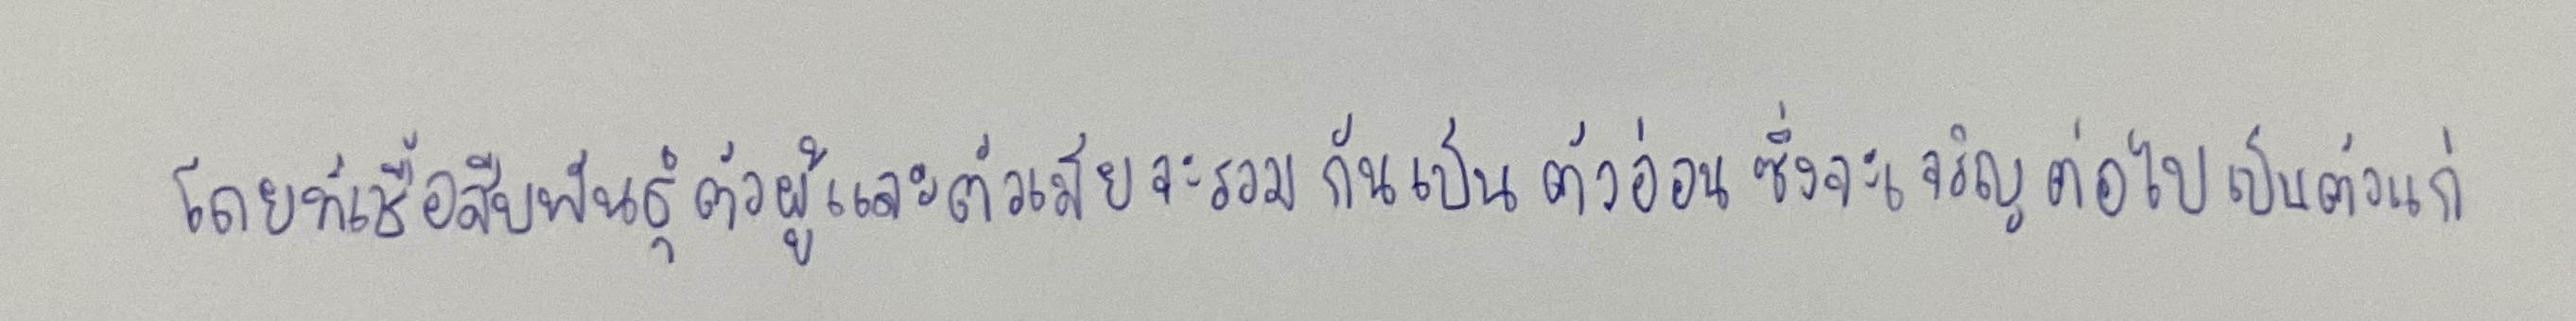
โดยที่เชื้อสืบพันธุ์ตัวผู้และตัวเมียจะรวมกันเป็นตัวอ่อนซึ่งจะเจริญต่อไปเป็นตัวแก่